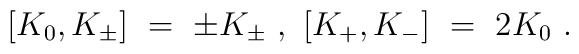
[K_0 , K_{\pm} ]\ =\ \pm K_{\pm} \ ,\ [K_+ ,K_- ]\ =\ 2K_0 \ .